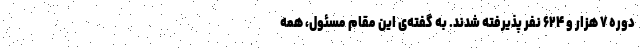
دوره ۷ هزار و ۶۲۴ نفر پذیرفته شدند. به گفته‌ی این مقام مسئول، همه